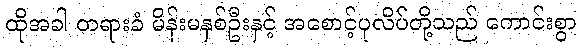
ထိုအခါ တရားခံ မိန်းမနှစ်ဦးနှင့် အစောင့်ပုလိပ်တို့သည် ကောင်းစွာ